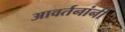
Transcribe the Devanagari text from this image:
आवर्तनांनी